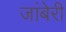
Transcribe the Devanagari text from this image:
जांबेरी